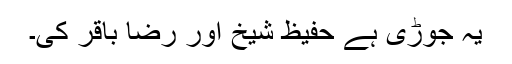
یہ جوڑی ہے حفیظ شیخ اور رضا باقر کی۔